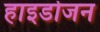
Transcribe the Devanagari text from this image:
हाइडोजन